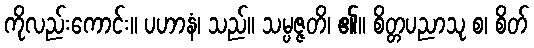
ကိုလည်းကောင်း။ ပဟာနံ၊ သည်။ သမ္ပဇ္ဇတိ၊ ၏။ စိတ္တပညာသု စ၊ စိတ်